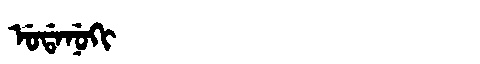
Manchu: ᡠᡩᠠᠨᡠᡴᡳ
Romanization: UDANUKI